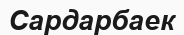
Сардарбаек